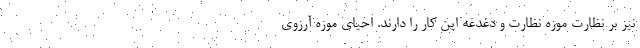
نیز بر نظارت موزه نظارت و دغدغه این کار را دارند. احیای موزه آرزوی